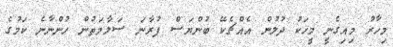
މިހާރު މިއިގެނީ މީހަކު ދުލުން އެއްޗެކޭ ބުންޔަސް ފުރާނަ ސަލާމަތުން ހުންނާނެ ކަމުގެ